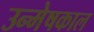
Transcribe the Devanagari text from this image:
उन्मेषकाल